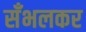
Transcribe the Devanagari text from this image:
सँभलकर